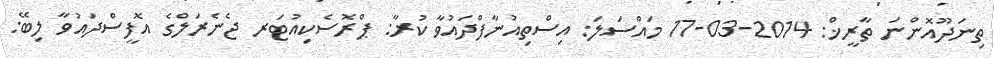
ތިނަދޫއޮންނަ ތާރީޚް: 2014-03-17 މައްސަލަ: އިސްތިއުނާފްދައުވާ ކުރާ: ޕްރޮސެކިއުޓަރ ޖެނެރަލްގެ އޮފީސްދައުވާ ލިބޭ: